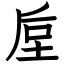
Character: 垕